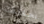
بحقيقة